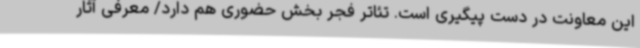
این معاونت در دست پیگیری است. تئاتر فجر بخش حضوری هم دارد/ معرفی آثار